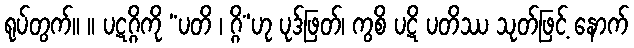
ရုပ်တွက်။ ။ ပဋဂ္ဂိကို “ပတိ ၊ ဂ္ဂိ”ဟု ပုဒ်ဖြတ်၊ ကွစိ ပဋိ ပတိဿ သုတ်ဖြင့် နောက်